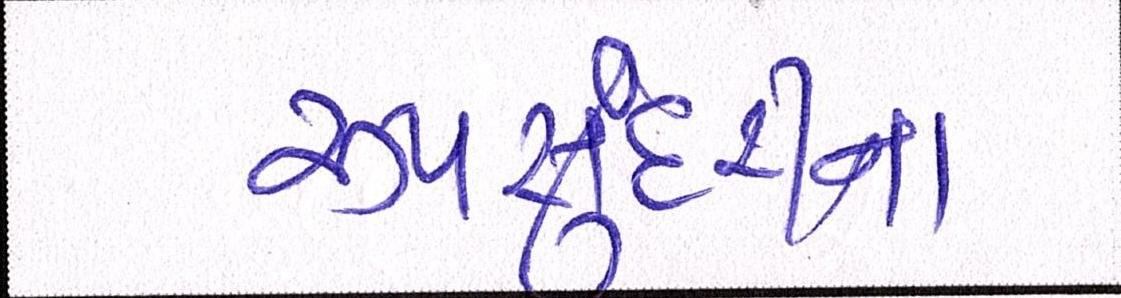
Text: રૂપસુંદરીના